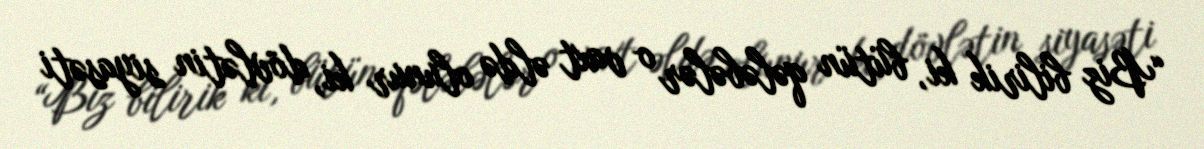
“Biz bilirik ki, bütün qələbələr o vaxt əldə olunur ki, dövlətin siyasəti